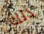
ذلك